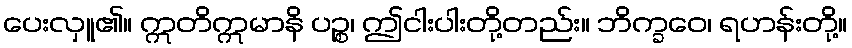
ပေးလှူ၏။ ဣတိဣမာနိ ပဉ္စ၊ ဤငါးပါးတို့တည်း။ ဘိက္ခဝေ၊ ရဟန်းတို့။